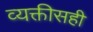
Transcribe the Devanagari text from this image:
व्यक्तीसही